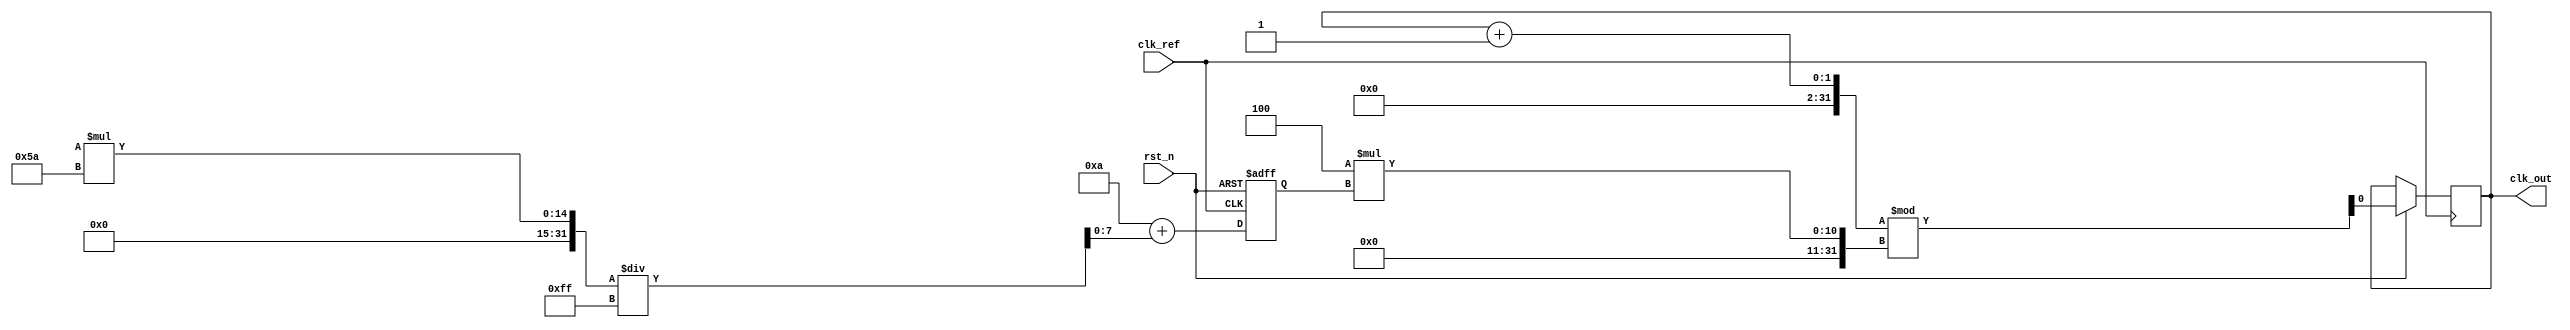
module PLL (
    input wire clk_ref,          // Reference clock input
    input wire rst_n,           // Active low reset
    output reg clk_out          // Output clock
);

// Parameters
parameter N = 4;                // Frequency divider (optional)
parameter VCO_MAX_FREQ = 100;   // Maximum frequency of VCO
parameter VCO_MIN_FREQ = 10;     // Minimum frequency of VCO
parameter PHASE_ERR_MAX = 4;     // Maximum phase error for the PD

// Internal signals
reg [3:0] phase_error;           // Phase error from PD
reg [7:0] control_voltage;        // Control voltage for VCO
reg [7:0] vco_freq;              // Frequency of the VCO
reg [7:0] loop_filter;           // Output of the loop filter

// Phase Detector (PD)
always @(posedge clk_ref or negedge rst_n) begin
    if (!rst_n) begin
        phase_error <= 0;
    end else begin
        // Simple phase detector logic
        // This is a placeholder for actual phase comparison logic
        // Assume clk_out is already defined and connected
        if (clk_out) begin
            phase_error <= (phase_error < PHASE_ERR_MAX) ? phase_error + 1 : PHASE_ERR_MAX;
        end else begin
            phase_error <= (phase_error > 0) ? phase_error - 1 : 0;
        end
    end
end

// Loop Filter (LF)
always @(posedge clk_ref or negedge rst_n) begin
    if (!rst_n) begin
        loop_filter <= 0;
    end else begin
        // Simple integral filter; can be modified to a more complex filter as needed
        loop_filter <= loop_filter + phase_error;
        // Limit control voltage to avoid overflow
        if (loop_filter > 255) loop_filter <= 255;
    end
end

// Voltage-Controlled Oscillator (VCO)
always @(posedge clk_ref or negedge rst_n) begin
    if (!rst_n) begin
        vco_freq <= VCO_MIN_FREQ;
    end else begin
        // Adjust the VCO frequency based on control voltage
        vco_freq <= VCO_MIN_FREQ + (control_voltage * (VCO_MAX_FREQ - VCO_MIN_FREQ) / 255);
        // Generate output clock (clk_out) based on vco_freq
        clk_out <= (clk_out + 1) % (N * vco_freq); // Frequency division
    end
end

endmodule